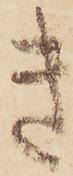
き